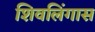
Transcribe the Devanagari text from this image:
शिवलिंगास